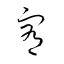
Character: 宥